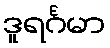
ဒူရင်္ဂမာ